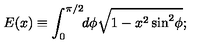
E ( x ) \equiv \int _ { 0 } ^ { \pi / 2 } \! \! d \phi \sqrt { 1 - x ^ { 2 } \sin ^ { 2 } \! \phi } ;